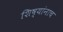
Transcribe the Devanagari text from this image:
शिष्यांनाच